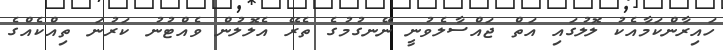
ހައިރާންކަމާއެކު ލޮލުގައި އަތް ޖައްސާލެވުނީ ނޭނގުމުގެ ތެރޭ އެލޮލުން ވެއްޓުނު ކަރުނަ ތިއްކެއްގެ